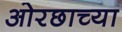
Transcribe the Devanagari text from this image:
ओरछाच्या